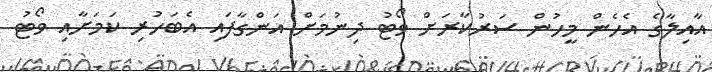
އާއިލާގެ އެހެން މީހުން ސަރުކާރަށް ވޯޓު ދިނުމަށް އަންގާފައި އެބަހުރި ކަމަށާއި ވޯޓު